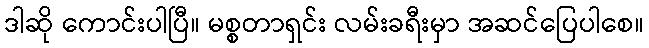
ဒါဆို ကောင်းပါပြီ။ မစ္စတာရှင်း လမ်းခရီးမှာ အဆင်ပြေပါစေ။